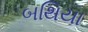
બથિયા